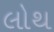
લોથ